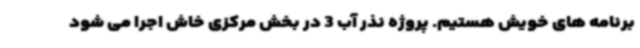
برنامه های خویش هستیم. پروژه نذر آب 3 در بخش مرکزی خاش اجرا می شود